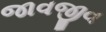
જાવજીવ